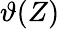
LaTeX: \vartheta(Z)